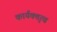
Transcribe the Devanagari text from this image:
कार्यक्तृत्व